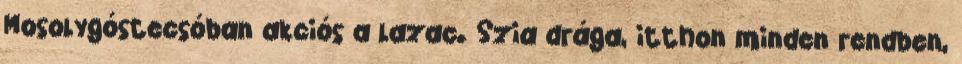
Mosolygóstecsóban akciós a lazac. Szia drága, itthon minden rendben,